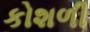
કોશળી